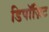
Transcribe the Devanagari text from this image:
डिपॉज़िट